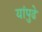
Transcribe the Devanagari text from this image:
यांपुढे